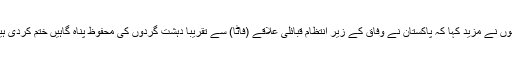
انہوں نے مزید کہا کہ پاکستان نے وفاق کے زیر انتظام قبائلی علاقے (فاٹا) سے تقریبا دہشت گردوں کی محفوظ پناہ گاہیں ختم کردی ہیں۔